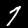
Label: 7